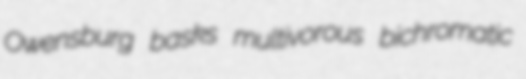
Owensburg basks multivorous bichromatic